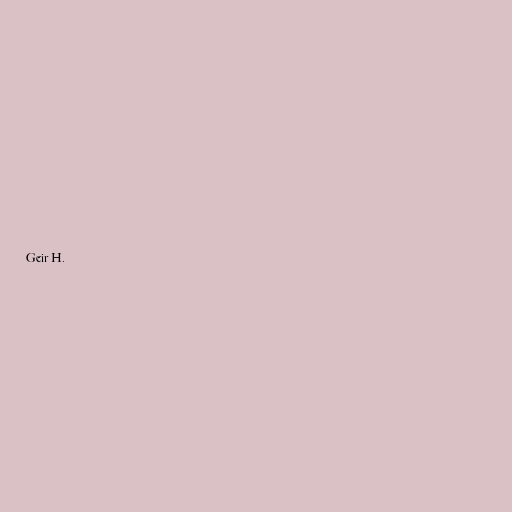
Geir H.